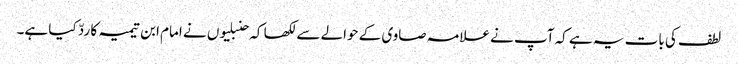
لطف کی بات یہ ہے کہ آپ نے علامہ صاوی کے حوالے سے لکھا کہ حنبلیوں نے امام ابن تیمیہ کا ردّ کیا ہے۔